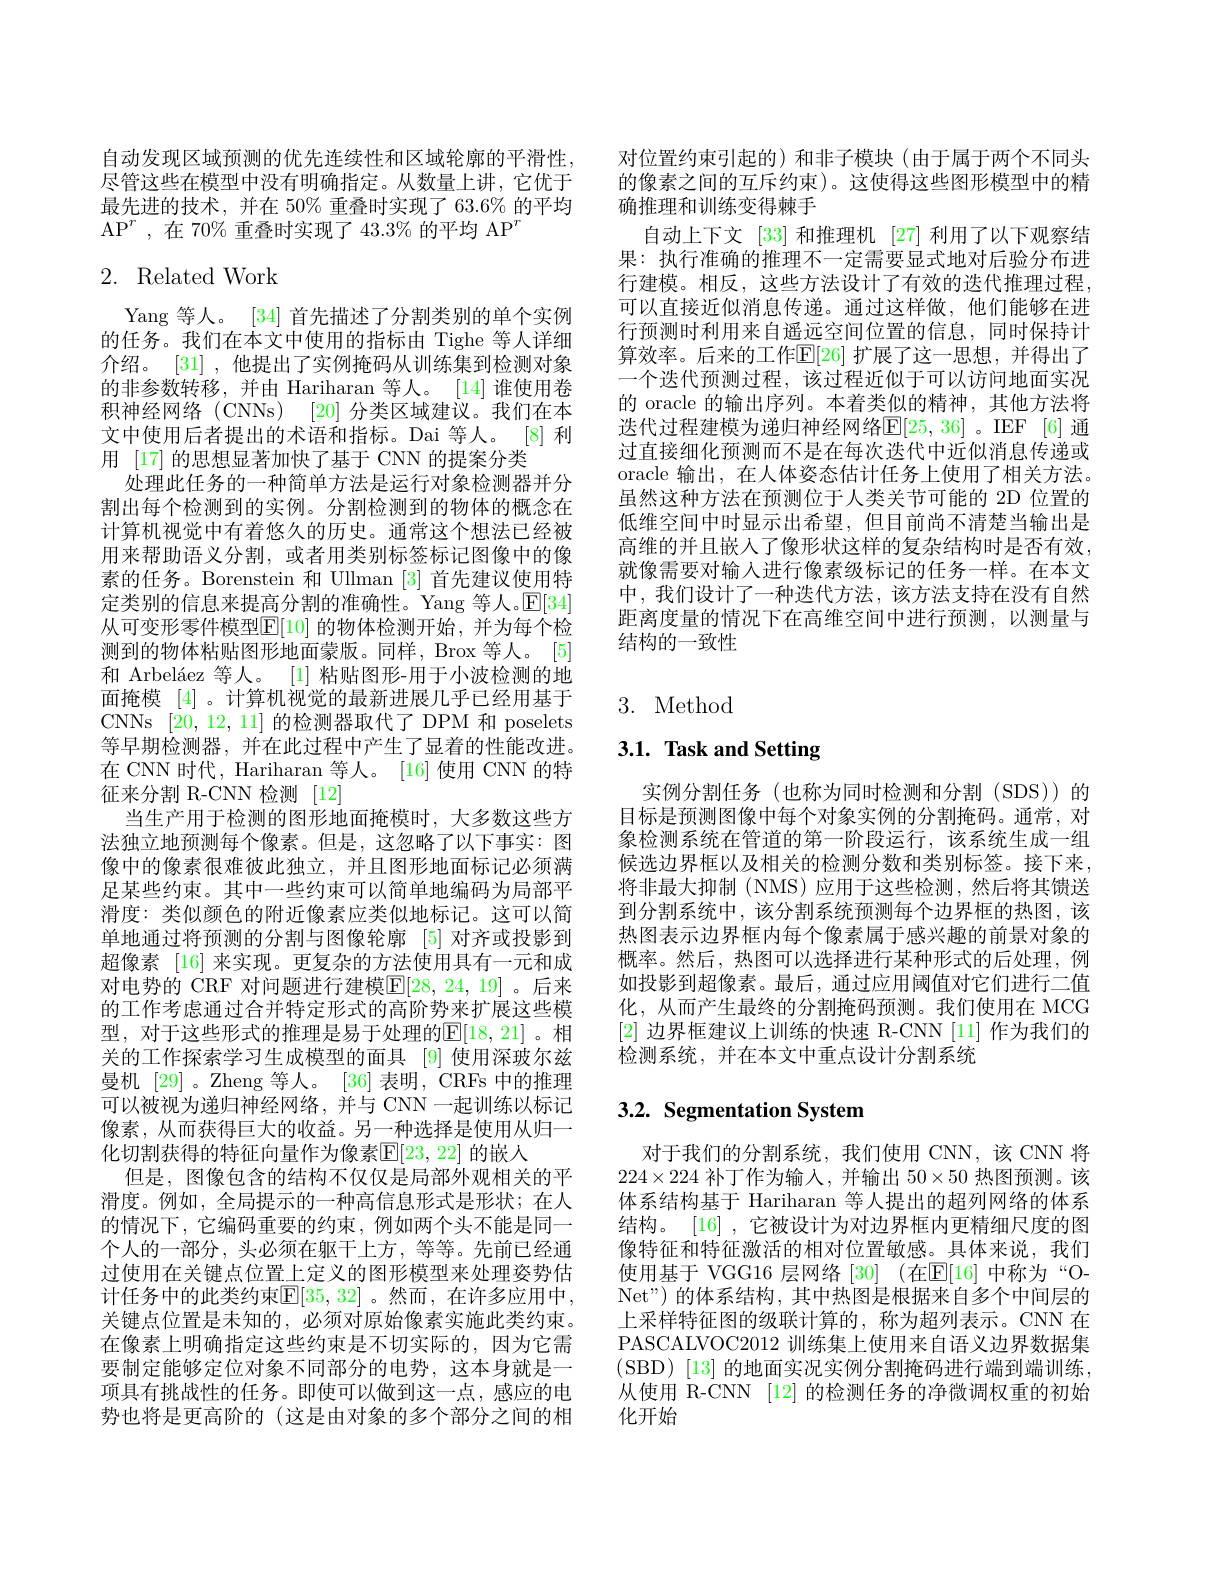
自动发现区域预测的优先连续性和区域轮廓的平滑性， 尽管这些在模型中没有明确指定。从数量上讲，它优于最先进的技术，并在 50% 重叠时实现了 63.6% 的平均AP$^r$ ,在 70% 重叠时实现了 43.3% 的平均 AP$^r$

# 2. Related Work

Yang 等人。[34] 首先描述了分割类别的单个实例的任务。我们在本文中使用的指标由 Tighe 等人详细介绍。[31] ,他提出了实例掩码从训练集到检测对象的非参数转移，并由 Hariharan 等人。[14]谁使用卷积神经网络 (CNNs) [20] 分类区域建议。我们在本文中使用后者提出的术语和指标。Dai 等人。[8] 利用 [17] 的思想显著加快了基于 CNN 的提案分类
处理此任务的一种简单方法是运行对象检测器并分割出每个检测到的实例。分割检测到的物体的概念在计算机视觉中有着悠久的历史。通常这个想法已经被用来帮助语义分割，或者用类别标签标记图像中的像素的任务。Borenstein 和 Ullman [3]首先建议使用特定类别的信息来提高分割的准确性。Yang 等人。$\mathbb{E}[34]$ 从可变形零件模型E[10] 的物体检测开始，并为每个检测到的物体粘贴图形地面蒙版。同样，Brox 等人。[5] 和 Arbeláez 等人。[1] 粘贴图形-用于小波检测的地面掩模 [4] 。计算机视觉的最新进展几乎已经用基于CNNs [20,12,11]的检测器取代了 DPM 和 poselets 等早期检测器，并在此过程中产生了显着的性能改进。在 CNN 时代，Hariharan 等人。[16] 使用 CNN 的特征来分割 R-CNN 检测 [12]
当生产用于检测的图形地面掩模时，大多数这些方法独立地预测每个像素。但是，这忽略了以下事实：图像中的像素很难彼此独立，并且图形地面标记必须满足某些约束。其中一些约束可以简单地编码为局部平滑度：类似颜色的附近像素应类似地标记。这可以简单地通过将预测的分割与图像轮廓 [5]对齐或投影到超像素 [16] 来实现。更复杂的方法使用具有一元和成对电势的 CRF 对问题进行建模$\mathbb{E}[28,24,19]$ 。后来的工作考虑通过合并特定形式的高阶势来扩展这些模型，对于这些形式的推理是易于处理的$\mathbb{E}[18,21]$。相关的工作探索学习生成模型的面具 [9]使用深玻尔兹曼机 [29]。Zheng 等人。[36] 表明，CRFs 中的推理可以被视为递归神经网络，并与 CNN 一起训练以标记像素，从而获得巨大的收益。另一种选择是使用从归一化切割获得的特征向量作为像素$\mathbb{E}[23,22]$ 的嵌人
但是，图像包含的结构不仅仅是局部外观相关的平滑度。例如，全局提示的一种高信息形式是形状；在人的情况下，它编码重要的约束，例如两个头不能是同一个人的一部分，头必须在躯干上方，等等。先前已经通过使用在关键点位置上定义的图形模型来处理姿势估计任务中的此类约束$\mathbb{E}[35,32]$。然而，在许多应用中， 关键点位置是未知的，必须对原始像素实施此类约束。在像素上明确指定这些约束是不切实际的，因为它需要制定能够定位对象不同部分的电势，这本身就是一项具有挑战性的任务。即使可以做到这一点，感应的电势也将是更高阶的(这是由对象的多个部分之间的相

对位置约束引起的)和非子模块(由于属于两个不同头的像素之间的互斥约束)。这使得这些图形模型中的精确推理和训练变得棘手
自动上下文 [33] 和推理机 [27] 利用了以下观察结果：执行准确的推理不一定需要显式地对后验分布进行建模。相反，这些方法设计了有效的迭代推理过程， 可以直接近似消息传递。通过这样做，他们能够在进行预测时利用来自遥远空间位置的信息，同时保持计算效率。后来的工作$\mathbb{E}[26]$ 扩展了这一思想，并得出了一个迭代预测过程，该过程近似于可以访问地面实况的 oracle 的输出序列。本着类似的精神，其他方法将选代过程建模为递归神经网络E[ 25, 36] 。IEF [ 6] 通过直接细化预测而不是在每次迭代中近似消息传递或oracle 输出，在人体姿态估计任务上使用了相关方法。虽然这种方法在预测位于人类关节可能的 2D 位置的低维空间中时显示出希望，但目前尚不清楚当输出是高维的并且嵌入了像形状这样的复杂结构时是否有效， 就像需要对输入进行像素级标记的任务一样。在本文中，我们设计了一种迭代方法，该方法支持在没有自然距离度量的情况下在高维空间中进行预测，以测量与结构的一致性

## 3. Method

# 3.1. Task and Setting

实例分割任务(也称为同时检测和分割(SDS))的目标是预测图像中每个对象实例的分割掩码。通常，对象检测系统在管道的第一阶段运行，该系统生成一组候选边界框以及相关的检测分数和类别标签。接下来， 将非最大抑制 (NMS)应用于这些检测，然后将其馈送到分割系统中，该分割系统预测每个边界框的热图，该热图表示边界框内每个像素属于感兴趣的前景对象的概率。然后，热图可以选择进行某种形式的后处理，例如投影到超像素。最后，通过应用阈值对它们进行二值化，从而产生最终的分割掩码预测。我们使用在 MCG [2]边界框建议上训练的快速 R-CNN [11] 作为我们的检测系统，并在本文中重点设计分割系统

# 3.2. Segmentation System

对于我们的分割系统，我们使用 CNN,该 CNN 将$224\times224$补丁作为输入，并输出$50\times50$热图预测。该体系结构基于 Hariharan 等人提出的超列网络的体系结构。[16] , 它被设计为对边界框内更精细尺度的图像特征和特征激活的相对位置敏感。具体来说，我们使用基于 VGG16 层网络 [30] (在$\mathbb{E}[16]$ 中称为“ONet" ) 的体系结构，其中热图是根据来自多个中间层的上采样特征图的级联计算的，称为超列表示。CNN 在PASCALVOC2012 训练集上使用来自语义边界数据集(SBD)[13]的地面实况实例分割掩码进行端到端训练， 从使用 R-CNN [12] 的检测任务的净微调权重的初始化开始